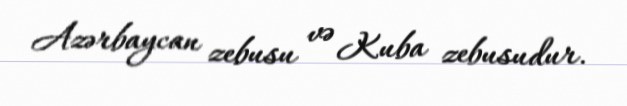
Azərbaycan zebusu və Kuba zebusudur.